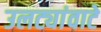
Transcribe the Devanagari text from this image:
उलट्यांवाटे